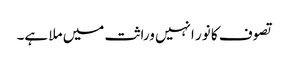
تصوف کا نور انہیں وراثت میں ملا ہے۔